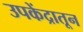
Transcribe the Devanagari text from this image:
उपकेंद्रातून